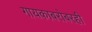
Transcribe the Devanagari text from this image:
गायकाबरोबरही